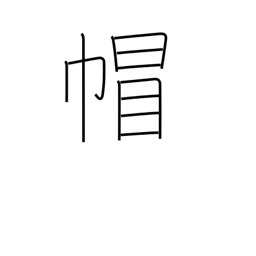
Meaning: headgear